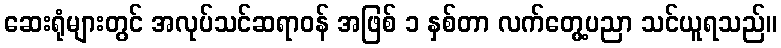
ဆေးရုံများတွင် အလုပ်သင်ဆရာဝန် အဖြစ် ၁ နှစ်တာ လက်တွေ့ပညာ သင်ယူရသည်။